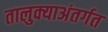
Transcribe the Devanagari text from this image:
तालुक्याअंतर्गत